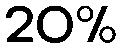
20%